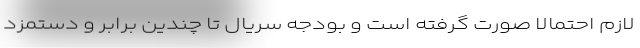
لازم احتمالاً صورت گرفته است و بودجه سریال تا چندین برابر و دستمزد